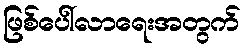
ဖြစ်ပေါ်လာရေးအတွက်